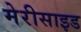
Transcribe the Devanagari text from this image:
मेरीसाइड